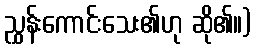
ညွှန်းကောင်းသေး၏ဟု ဆို၏။)